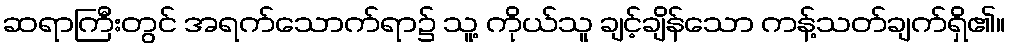
ဆရာကြီးတွင် အရက်သောက်ရာ၌ သူ့ ကိုယ်သူ ချင့်ချိန်သော ကန့်သတ်ချက်ရှိ၏။